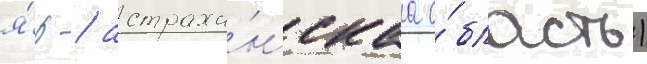
я́р / астраха́нскаа о́бласть)